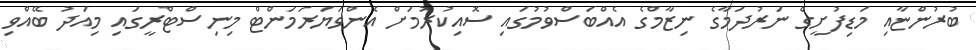
ބުރުންޏާއި މަޑިފުށީގެ ނަރުދަމާގެ ނިޒާމްގެ އެއްބަސްވުމުގައި ސޮއިކުރުމަށް އެންވަޔަރަމަންޓް މިނިސްޓްރީގައި މިއަދު ބޭއްވި